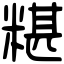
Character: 糂